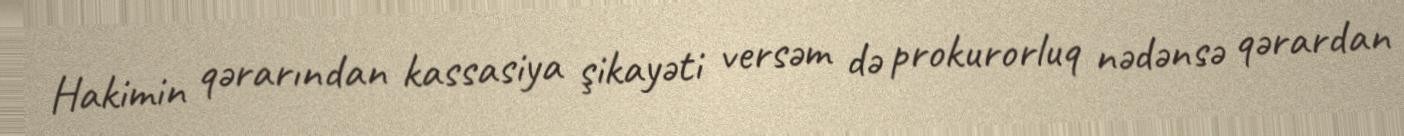
Hakimin qərarından kassasiya şikayəti versəm də prokurorluq nədənsə qərardan